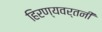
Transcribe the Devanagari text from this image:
हिरण्यवर्तनी